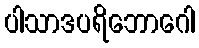
ပါသာဒပရိဘောဂေါ